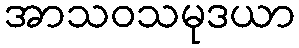
အာသဝသမုဒယာ